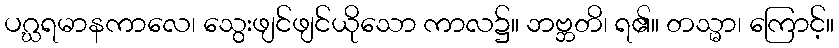
ပဂ္ဃရမာနကာလေ၊ သွေးဖျင်ဖျင်ယိုသော ကာလ၌။ ဘဗ္ဘတိ၊ ရ၏။ တသ္မာ၊ ကြောင့်။